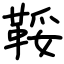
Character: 鞖